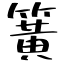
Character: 簧